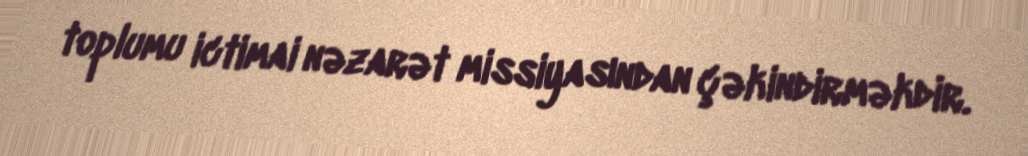
toplumu ictimai nəzarət missiyasından çəkindirməkdir.